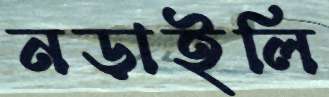
নড়াইলি